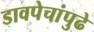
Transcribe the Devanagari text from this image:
डावपेचांपुढे